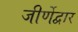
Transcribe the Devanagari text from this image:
जीर्णेद्वार